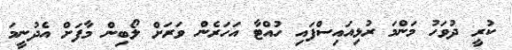
ކުރީ ދުވަހު މަންމަ ރުޅިއައިސްފައި ހުއްޓާ އަހަރެން ވަރަށް ލޯބިން މާފަށް އެދުނީމަ